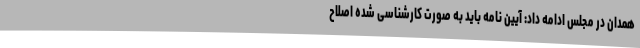
همدان در مجلس ادامه داد: آیین نامه باید به صورت کارشناسی شده اصلاح